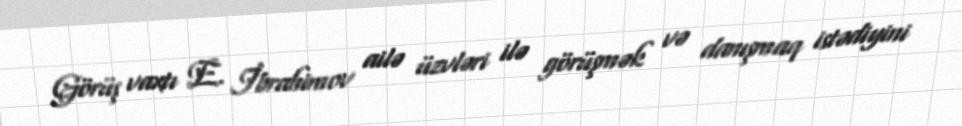
Görüş vaxtı E. İbrahimov ailə üzvləri ilə görüşmək və danışmaq istədiyini